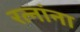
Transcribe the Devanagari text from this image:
रत्‍नांना